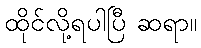
ထိုင်လို့ရပါပြီ ဆရာ။